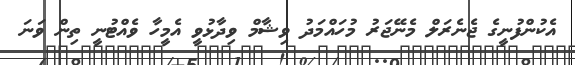
އެކުންފުނީގެ ޖެނެރަލް މެނޭޖަރު މުހައްމަދު ވިޝާމް ވިދާޅުވީ އެމީހާ ވެއްޓުނީ ތިން ވަނަ